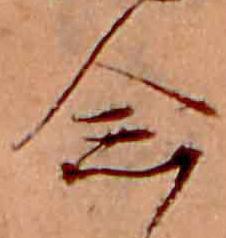
念